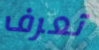
تعرف